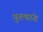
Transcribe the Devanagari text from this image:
पुरुषांग